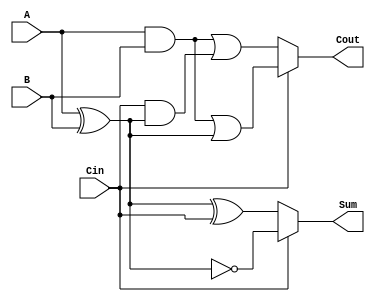
module Conditional_Sum_Full_Adder (
    input wire A,     // First binary input
    input wire B,     // Second binary input
    input wire Cin,   // Carry input
    output wire Sum,  // Sum output
    output wire Cout  // Carry output
);

    // Internal wires for sum and carry outputs based on conditions
    wire Sum0, Sum1;
    wire Cout0, Cout1;

    // Calculate Sum0 and Cout0 (when Cin = 0)
    assign Sum0 = A ^ B ^ Cin;
    assign Cout0 = (A & B) | (Cin & (A ^ B));

    // Calculate Sum1 and Cout1 (when Cin = 1)
    assign Sum1 = A ^ B ^ 1; // Equivalent to A ^ B ^ 1
    assign Cout1 = (A & B) | ((A ^ B) & 1); // Equivalent to (A & B) | (A ^ B)

    // Conditional output selection based on Cin
    assign Sum = (Cin) ? Sum1 : Sum0;
    assign Cout = (Cin) ? Cout1 : Cout0;

endmodule